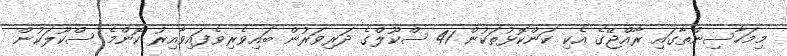
މިމަހާސިންތާގައި ރާއްޖޭގެ އެކި ކަންކޮޅުތަކުން 41 ސްކޫލްގެ ދަރިވަރުން ބައިވެރިވެފައިވާއިރު ކޮންމެ ސްކޫލަކުން